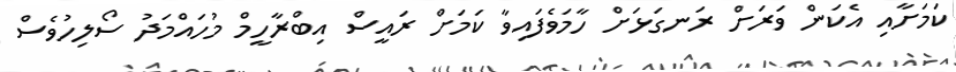
ކަމަށާއި އެކަން ވަރަށް ރަނގަޅަށް ހާމަވެފައިވާ ކަމަށް ރައީސް އިބްރާހީމް މުހައްމަދު ސޯލިހުވެސް